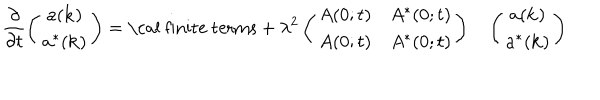
\frac { \partial } { \partial t } \left( \begin{array} { c } { { a ( { \bf k } ) } } \\ { { a ^ { * } ( { \bf k } ) } } \\ \end{array} \right) = \mathrm { \cal ~ f i n i t e ~ t e r m s } + \lambda ^ { 2 } \left( \begin{array} { c c } { { A ( 0 ; t ) } } & { { A ^ { * } ( 0 ; t ) } } \\ { { A ( 0 ; t ) } } & { { A ^ { * } ( 0 ; t ) } } \\ \end{array} \right) \ \; \; \left( \begin{array} { c } { { a ( { \bf k } ) } } \\ { { a ^ { * } ( { \bf k } ) } } \\ \end{array} \right)